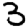
Digit: 3